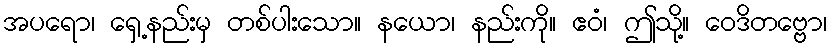
အပရော၊ ရှေ့နည်းမှ တစ်ပါးသော။ နယော၊ နည်းကို။ ဧဝံ၊ ဤသို့။ ဝေဒိတဗ္ဗော၊